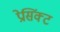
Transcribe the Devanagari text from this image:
प्रेसिंक्ट